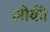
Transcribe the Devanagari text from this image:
लीकी